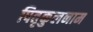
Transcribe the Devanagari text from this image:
पितृकुलनाम